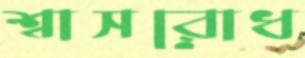
শ্বাসরোধ